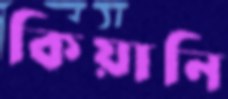
কিয়ানি